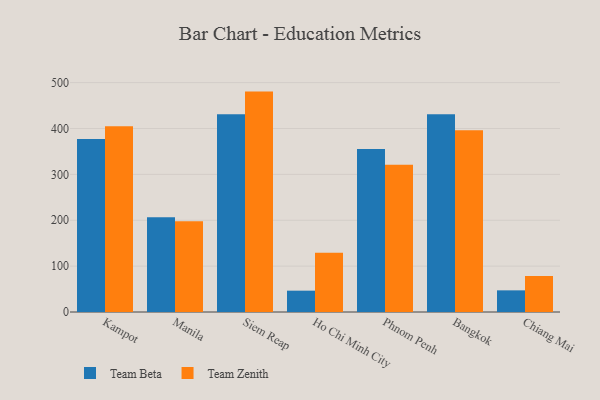
{"axis": {"x": "City", "y": "Conversion Rate (%)"}, "legend": ["Team Beta", "Team Zenith"], "data": [{"x": "Kampot", "y": 377.1, "type": "Team Beta"}, {"x": "Kampot", "y": 404.9, "type": "Team Zenith"}, {"x": "Manila", "y": 206.3, "type": "Team Beta"}, {"x": "Manila", "y": 197.6, "type": "Team Zenith"}, {"x": "Siem Reap", "y": 430.9, "type": "Team Beta"}, {"x": "Siem Reap", "y": 480.4, "type": "Team Zenith"}, {"x": "Ho Chi Minh City", "y": 46.5, "type": "Team Beta"}, {"x": "Ho Chi Minh City", "y": 129.2, "type": "Team Zenith"}, {"x": "Phnom Penh", "y": 355.3, "type": "Team Beta"}, {"x": "Phnom Penh", "y": 321.2, "type": "Team Zenith"}, {"x": "Bangkok", "y": 430.9, "type": "Team Beta"}, {"x": "Bangkok", "y": 396.4, "type": "Team Zenith"}, {"x": "Chiang Mai", "y": 47.2, "type": "Team Beta"}, {"x": "Chiang Mai", "y": 78.7, "type": "Team Zenith"}]}